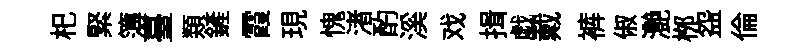
𣏌緊簿臺𩔖鏟霞現愧渚酌溪戏揖戯戴裤俶灔桞盌倫